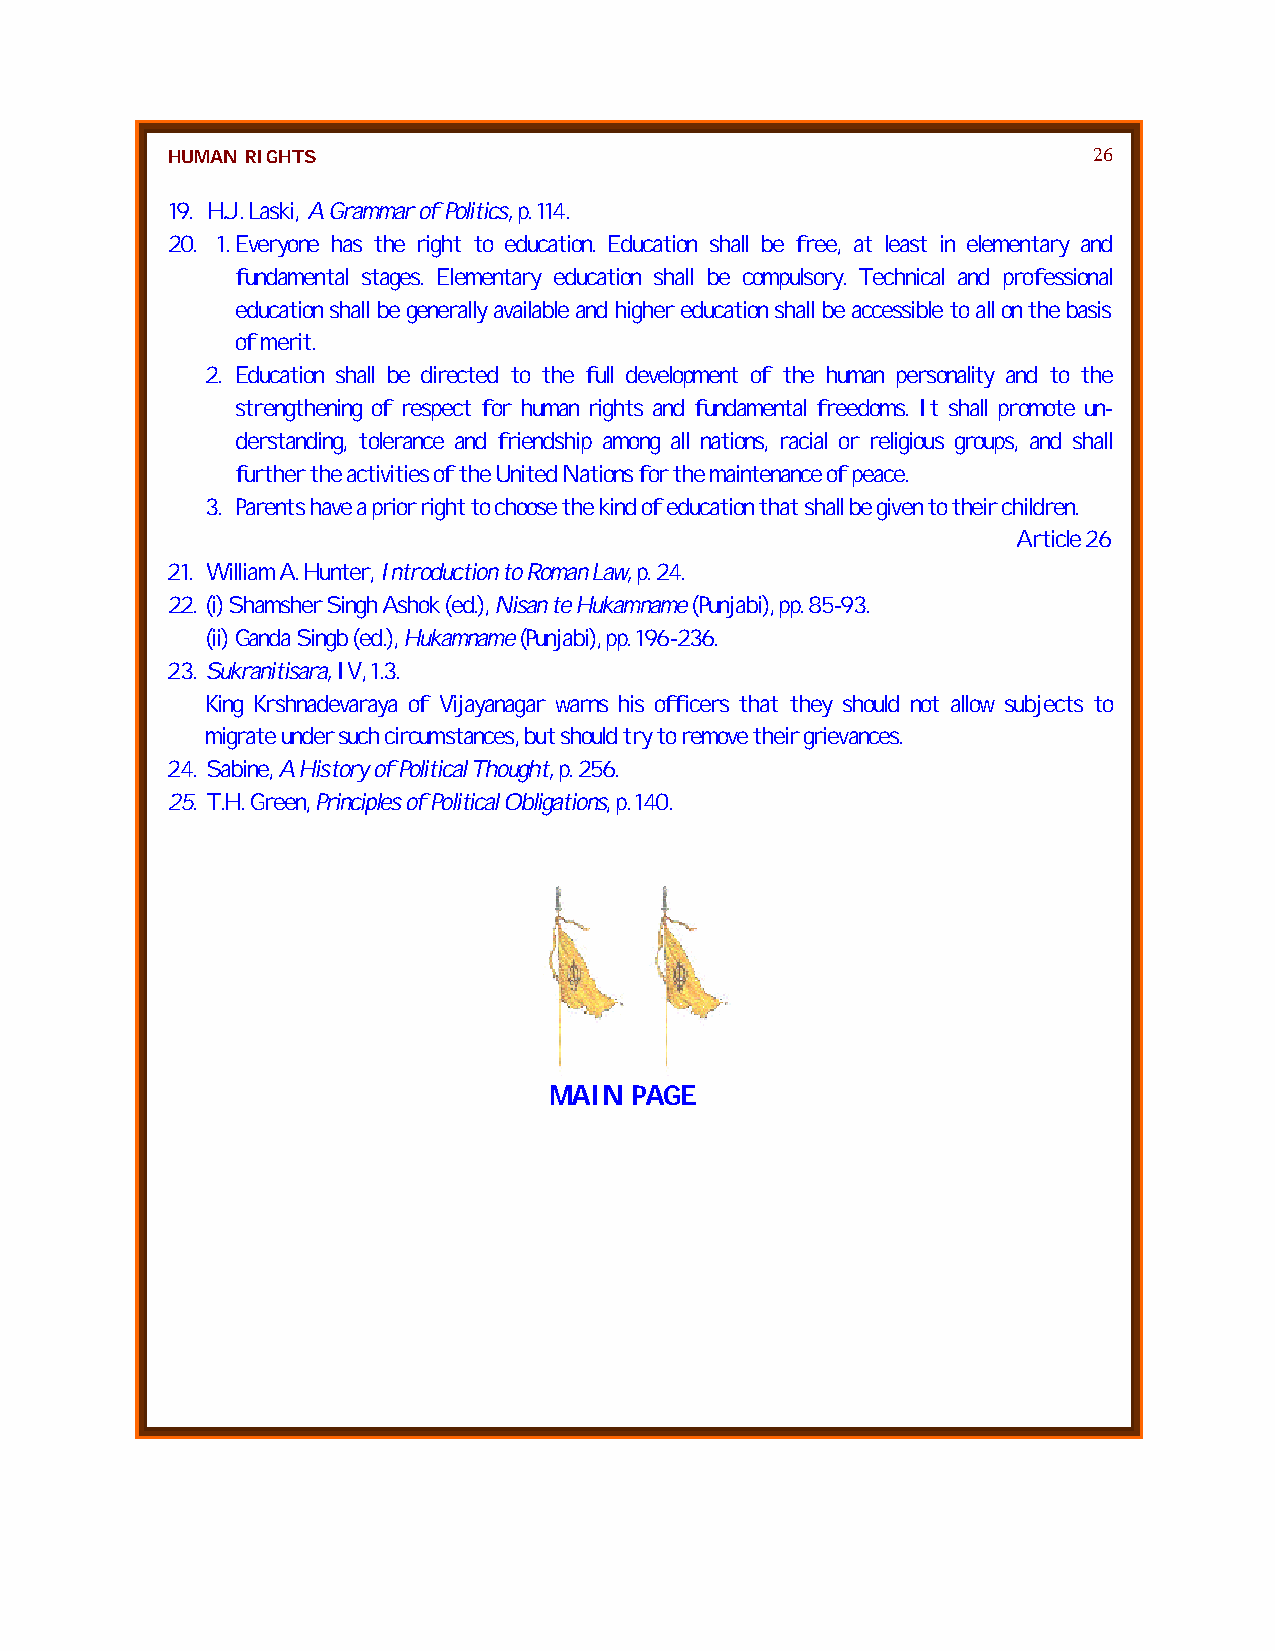
HUMAN RIGHTS                                                 26
 19. H.J. Laski, A Grammar of Politics, p. 114.
 20. 1. Everyone has the right to education. Education shall be free, at least in elementary and
 fundamental stages. Elementary education shall be compulsory. Technical and professional
 education shall be generally available and higher education shall be accessible to all on the basis
 of merit.
 2. Education shall be directed to the full development of the human personality and to the
 strengthening of respect for human rights and fundamental freedoms. It shall promote un-
 derstanding, tolerance and friendship among all nations, racial or religious groups, and shall
 further the activities of the United Nations for the maintenance of peace.
 3. Parents have a prior right to choose the kind of education that shall be given to their children.
 Article 26
 21. William A. Hunter, Introduction to Roman Law, p. 24.
 22. (i) Shamsher Singh Ashok (ed.), Nisan te Hukamname (Punjabi), pp. 85-93.
 (ii) Ganda Singb (ed.), Hukamname (Punjabi), pp. 196-236.
 23. Sukranitisara, IV, 1.3.
 King Krshnadevaraya of Vijayanagar warns his officers that they should not allow subjects to
 migrate under such circumstances, but should try to remove their grievances.
 24. Sabine, A History of Political Thought, p. 256.
 25. T.H. Green, Principles of Political Obligations, p. 140.
 MAIN  PAGE